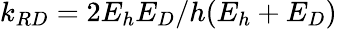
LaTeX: k_{RD}=2E_{h}E_{D}/h(E_{h}+E_{D})